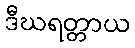
ဒီဃရတ္တာယ